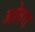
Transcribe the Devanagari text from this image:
ओतरा